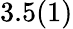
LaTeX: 3.5(1)